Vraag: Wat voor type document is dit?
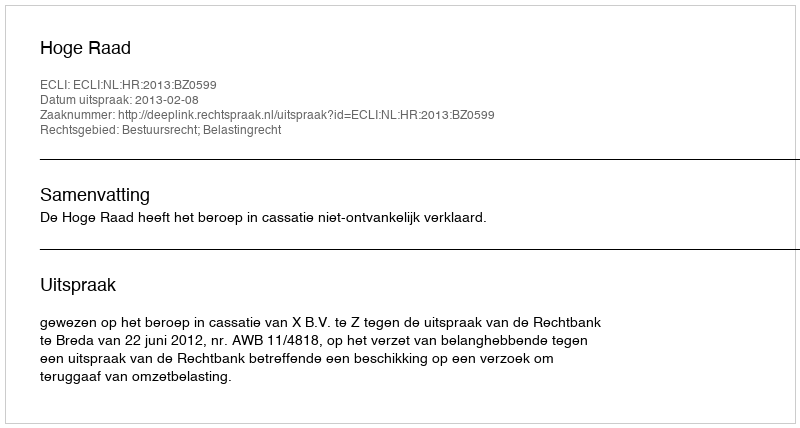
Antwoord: Uitspraak